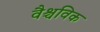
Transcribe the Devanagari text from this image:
वैश्चविक